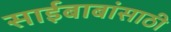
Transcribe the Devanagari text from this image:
साईबाबांसाठी